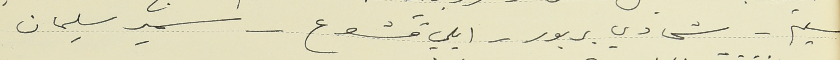
سليم - شحادي بربور - ايلي قشوع - سمير سليمان